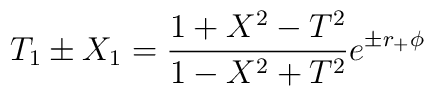
T_1 \pm X_1 = {1+ X^2 -T^2 \over 1-X^2+T^2} e^{\pm r_+ \phi}